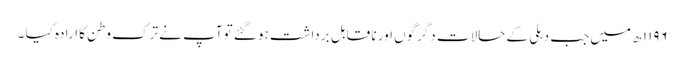
۱۱۹۶ ھ میں جب دہلی کے حالات دگرگوں اور نا قابل برداشت ہو گئے توآپ نے ترک وطن کا ارادہ کیا ۔